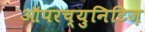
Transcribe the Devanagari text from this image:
ऑपरच्युनिटिज़